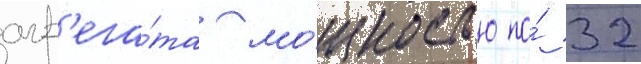
агр'ега́та мо́щностью по́ 32